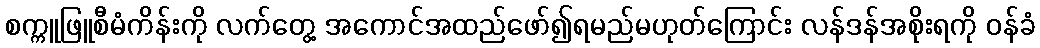
စက္ကူဖြူစီမံကိန်းကို လက်တွေ့ အကောင်အထည်ဖော်၍ရမည်မဟုတ်ကြောင်း လန်ဒန်အစိုးရကို ဝန်ခံ